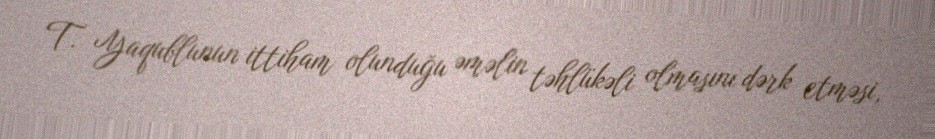
T. Yaqublunun ittiham olunduğu əməlin təhlükəli olmasını dərk etməsi,